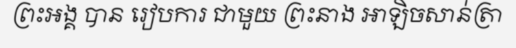
ព្រះអង្គ បាន រៀបការ ជាមួយ ព្រះនាង អាឡិចសាន់ត្រា